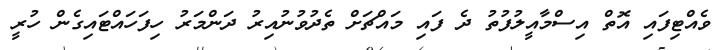
ވެއްޓިފައި އޮތް އިސްމާއީލުފުތު ދެ ފައި މައްޗަށް ތެދުވުނުއިރު ދަންމަރު ހިފަހައްޓައިގެން ހުރީ